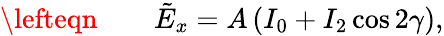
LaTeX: \begin{array}{rlr}{\lefteqn{}}&{{}}&{\displaystyle{\tilde{E}_{x}=A\left(I_{0}+I_{2}\cos{2\gamma}\right)},}\end{array}